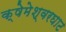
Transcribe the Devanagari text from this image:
क्षेमेश्वरघाट